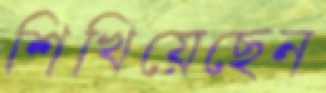
শিখিয়েছেন